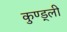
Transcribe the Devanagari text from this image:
कुण्ड्ली